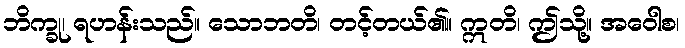
ဘိက္ခု၊ ရဟန်းသည်။ သောဘတိ၊ တင့်တယ်၏။ ဣတိ၊ ဤသို့။ အဝေါစ၊